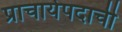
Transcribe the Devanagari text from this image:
प्राचार्यपदाची